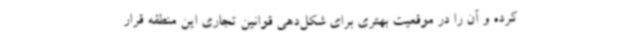
کرده و آن را در موقعیت بهتری برای شکل‌دهی قوانین تجاری این منطقه قرار